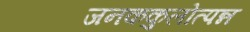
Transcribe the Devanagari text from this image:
जनककुलोत्पन्न